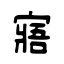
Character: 寤